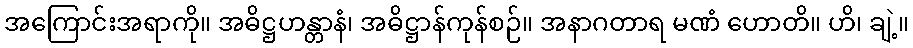
အကြောင်းအရာကို။ အဓိဋ္ဌဟန္တာနံ၊ အဓိဋ္ဌာန်ကုန်စဉ်။ အနာဂတာရ မဏံ ဟောတိ။ ဟိ၊ ချဲ့။